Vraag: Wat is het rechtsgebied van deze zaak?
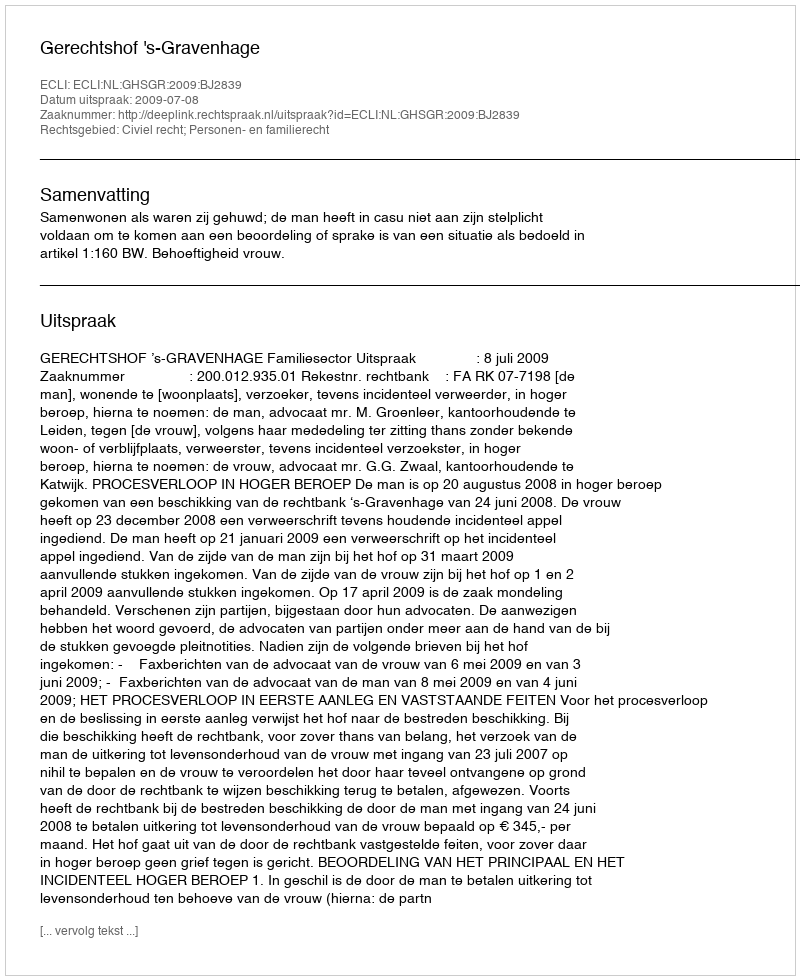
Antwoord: Civiel recht; Personen- en familierecht